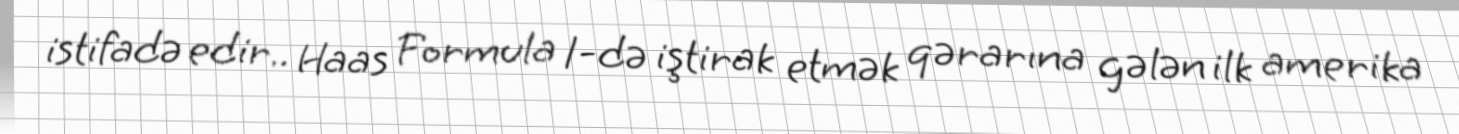
istifadə edir.. Haas Formula 1-də iştirak etmək qərarına gələn ilk amerika